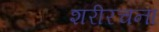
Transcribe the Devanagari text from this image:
शरीरचना